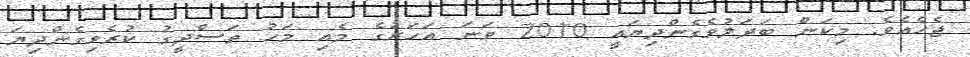
ޖެހެއެވެ. މިކަން ބަދަލުވެގެންދިޔައީ 2010 ވަނަ އަހަރުގެ މެއި މަހު ތަސްދީގު ކުރެވިގެންދިޔަ